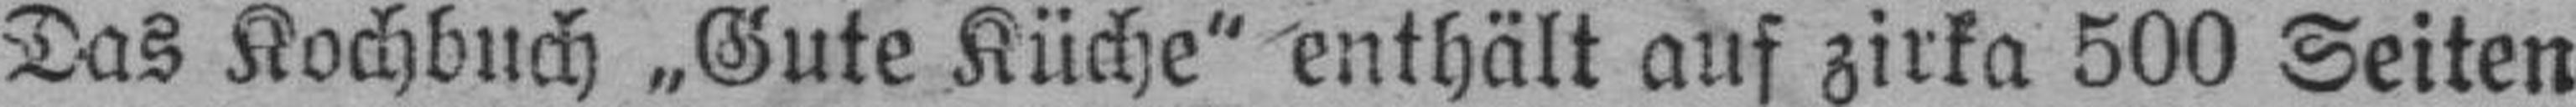
Das Kochbuch „Gute Küche" enthält auf zirka 500 Seiten